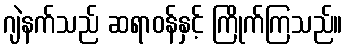
ဂျဲနက်သည် ဆရာဝန်နှင့် ကြိုက်ကြသည်။